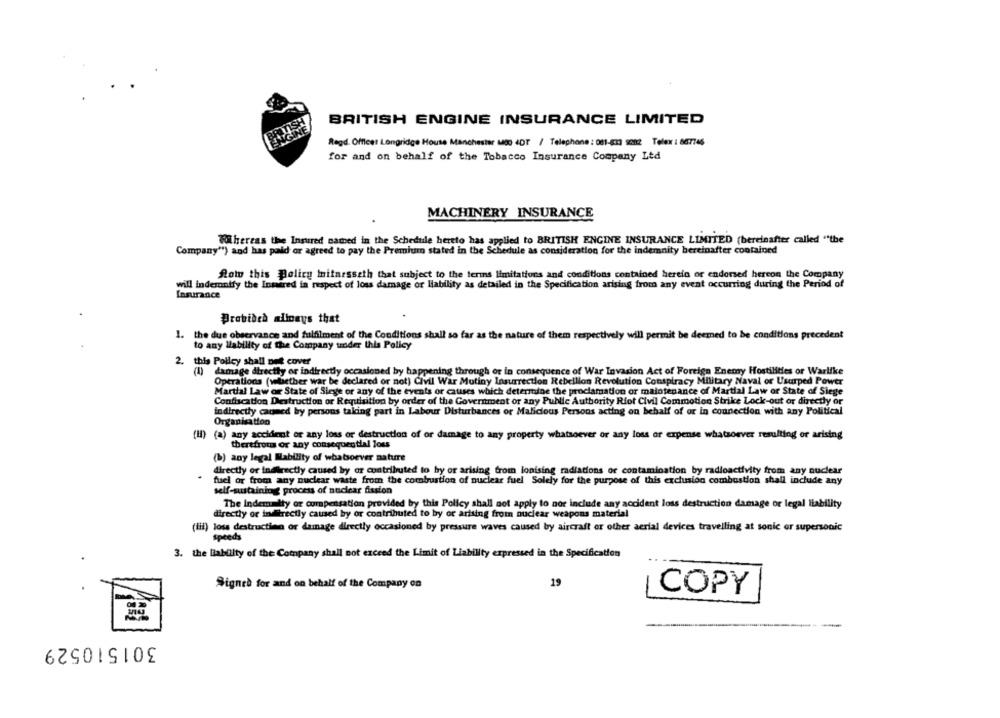
BRITISH ENGINE INSURANCE LIMITED
Regd. Officer Longridge House Manchester M00 4DT / Telephone : 081-813 son2 Telex : 887746
for and on behalf of the Tobacco Insurance Company Ltd
MACHINERY INSURANCE
Whereas the Insured named in the Schedule hereto has applied to BRITISH ENGINE INSURANCE LIMITED (bereinafter called "the
Company"") and has paid or agreed to pay the Premium stated in the Schedule as consideration for the indemnity bereinafter contained
Alow this policy Initaesseth that subject to the terms limitations and conditions contained herein or endorsed hereon the Company
will indemnify the Intered in respect of loss damage or liability as detailed in the Specification arising from any event occurring during the Period of
Insurance
Probibeh alioays that
1. the due observance and fulfilment of the Conditions shall so far as the nature of them respectively will permit be deemed to be conditions precedent
to any liability of The Company under this Policy
2. this Policy shall not cover
(I) damage directly or indirectly occasioned by happening through or in consequence of War Invasion Act of Foreign Enemy Hostilities or Warlike
Operations (whether war be declared or not) Civil War Mutiny Insurrection Rebellion Revolution Conspiracy Military Naval or Usurped Power
Martial Law or State of Siege or any of the events or causes which deteritine the proclamation or maintenance of Martial Law or State of Siege
Confiscation Destruction or Requisition by order of the Government or any Public Authority Riot Civil Commotion Strike Lock-out or directly or
indirectly canned by persons taking part in Labour Disturbances or Malicious Persons acting on behalf of or in connection with any Political
Organisation
(H) (a) any accident or any loss or destruction of or damage to any property whatsoever or any loss or expense whatsoever resulting or arising
therefrom or any consequential Tous
(b) any legal Mability of whatsoever nature
directly or indirectly caused by or contributed to hy or arising from ionising radiations or contamination by radioactivity from any nuclear
fuel or from any nuclear waste from the combustion of nuclear fuel Solely for the purpose of this exclusion combustion shall include any
self-sustainingg process of nuclear fission
The Indemity or compensation provided by this Policy shall not apply to nor include any accident loss destruction damage or legal liability
directly or indirectly caused by or contributed to by or arising from nuclear weapons material
(iii) loss destructinn or damage directly occasioned by pressure waves caused by aircraft or other aerial devices travelling at sonic or supersonic
spteds
3. the liability of the Company shall not exceed the Limit of Liability expressed in the Specification
Signed for and on behalf of the Company on
19
COPY
301510529